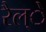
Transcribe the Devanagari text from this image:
रैल्े